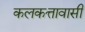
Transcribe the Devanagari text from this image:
कलकत्तावासी